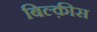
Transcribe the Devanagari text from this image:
बिल्क़ीस